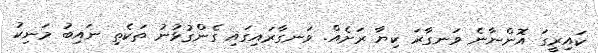
ކައިރީގަ އޮންނާނެ ވަނގާރަ ކިޔާ ރަށެއް. ވަނގާރައިގައި ގެންގުޅުނު ތަކެތި ނައިބު މަނިކު